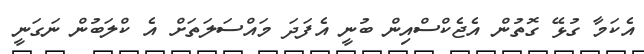
އެކަމާ ގުޅޭ ގޮތުން އެޖެކްސްއިން ބުނީ އެފަދަ މަައްސަލަތަށް އެ ކްލަބުން ނަގަނީ